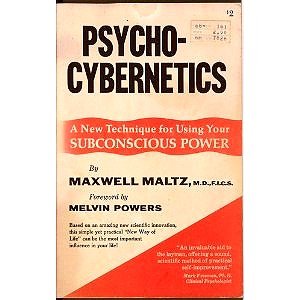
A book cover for PSYCHO CYBERNETICS; M.D., F.I.C.S. Maxwell Maltz; Computers & Technology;